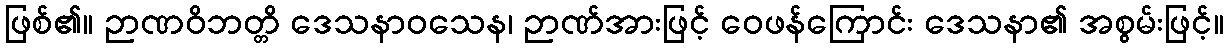
ဖြစ်၏။ ဉာဏဝိဘတ္တိ ဒေသနာဝသေန၊ ဉာဏ်အားဖြင့် ဝေဖန်ကြောင်း ဒေသနာ၏ အစွမ်းဖြင့်။